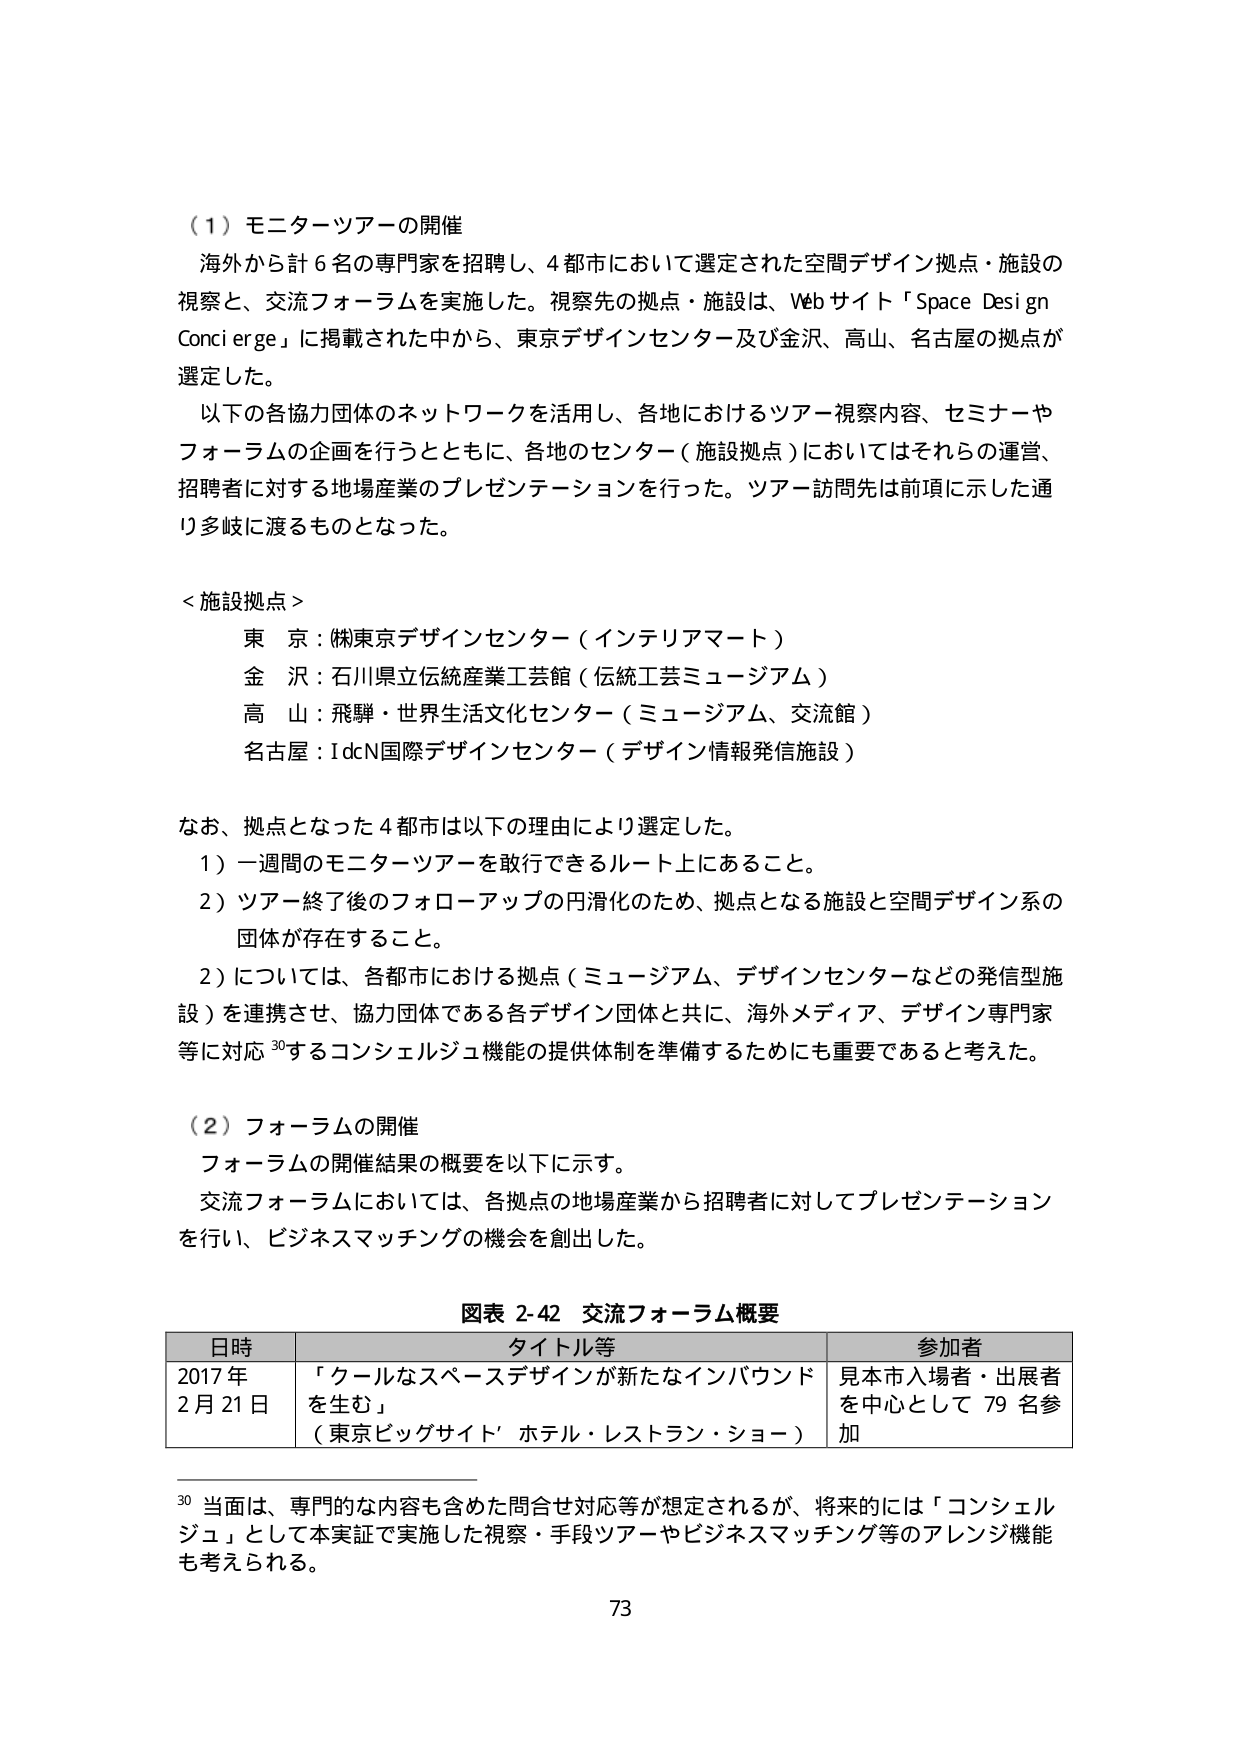
（１）モニターツアーの開催
海外から計６名の専門家を招聘し、４都市において選定された空間デザイン拠点・施設の視察と、交流フォーラムを実施した。視察先の拠点・施設は、Webサイト「Space Design Conci erge」に掲載された中から、東京デザインセンター及び金沢、高山、名古屋の拠点が選定した。
以下の各協力団体のネットワークを活用し、各地におけるツアー視察内容、セミナーやフォーラムの企画を行うとともに、各地のセンター（施設拠点）においてはそれらの運営、招聘者に対する地場産業のプレゼンテーションを行った。ツアー訪問先は前項に示した通り多岐に渡るものとなった。

＜施設拠点＞
東 京：㈱東京デザインセンター（インテリアマート）
金 沢：石川県立伝統産業工芸館（伝統工芸ミュージアム）
高 山：飛騨・世界生活文化センター（ミュージアム、交流館）
名古屋：IdcN国際デザインセンター（デザイン情報発信施設）

なお、拠点となった４都市は以下の理由により選定した。
１）一週間のモニターツアーを敢行できるルート上にあること。
２）ツアー終了後のフォローアップの円滑化のため、拠点となる施設と空間デザイン系の団体が存在すること。
２）については、各都市における拠点（ミュージアム、デザインセンターなどの発信型施設）を連携させ、協力団体である各デザイン団体と共に、海外メディア、デザイン専門家等に対応30するコンシェルジュ機能の提供体制を準備するためにも重要であると考えた。

（２）フォーラムの開催
フォーラムの開催結果の概要を以下に示す。
交流フォーラムにおいては、各拠点の地場産業から招聘者に対してプレゼンテーションを行い、ビジネスマッチングの機会を創出した。

図表 2-42 交流フォーラム概要
| 日時 | タイトル等 | 参加者 |
|------|------------|--------|
| 2017年2月21日 | 「クールなスペースデザインが新たなインバウンドを生む」（東京ビッグサイト’ ホテル・レストラン・ショー） | 見本市入場者・出展者を中心として79名参加 |

30 当面は、専門的な内容も含めた問合せ対応等が想定されるが、将来的には「コンシェルジュ」として本実証で実施した視察・手段ツアーやビジネスマッチング等のアレンジ機能も考えられる。

73